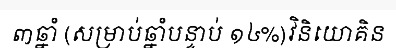
៣ឆ្នាំ (សម្រាប់ឆ្នាំបន្ទាប់ ១៤%)វិនិយោគិន